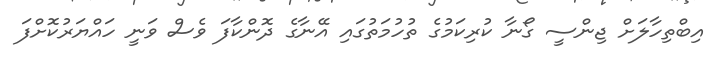
އިބްތިހާލަށް ޖިންސީ ގޯނާ ކުރިކަމުގެ ތުހުމަތުގައި އޭނާގެ ދޮންކާފަ ވެސް ވަނީ ހައްޔަރުކޮށްފަ